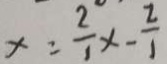
x = \frac { 2 } { 1 } x - \frac { 2 } { 1 }